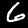
Label: 6